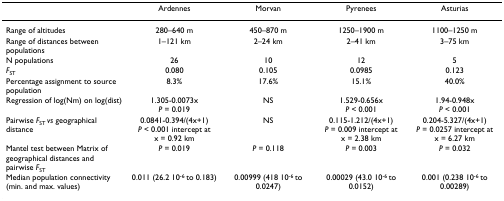
<table><thead><tr><td></td><td><b>Ardennes</b></td><td><b>Morvan</b></td><td><b>Pyrenees</b></td><td><b>Asturias</b></td></tr></thead><tbody><tr><td>Range of altitudes</td><td>280–640 m</td><td>450–870 m</td><td>1250–1900 m</td><td>1100–1250 m</td></tr><tr><td>Range of distances between populations</td><td>1–121 km</td><td>2–24 km</td><td>2–41 km</td><td>3–75 km</td></tr><tr><td>N populations</td><td>26</td><td>10</td><td>12</td><td>5</td></tr><tr><td><i>F</i><sub>ST</sub></td><td>0.080</td><td>0.105</td><td>0.0985</td><td>0.123</td></tr><tr><td>Percentage assignment to source population</td><td>8.3%</td><td>17.6%</td><td>15.1%</td><td>40.0%</td></tr><tr><td>Regression of log(Nm) on log(dist)</td><td>1.305-0.0073x<i>P </i>= 0.019</td><td>NS</td><td>1.529-0.656x<i>P </i>&lt; 0.001</td><td>1.94-0.948x<i>P </i>&lt; 0.001</td></tr><tr><td>Pairwise <i>F</i><sub>ST </sub><i>vs </i>geographical distance</td><td>0.0841-0.394/(4x+1)<i>P</i> &lt; 0.001 intercept atx = 0.92 km</td><td>NS</td><td>0.115-1.212/(4x+1)<i>P </i>= 0.009 intercept atx = 2.38 km</td><td>0.204-5.327/(4x+1)<i>P </i>= 0.0257 intercept atx = 6.27 km</td></tr><tr><td>Mantel test between Matrix of geographical distances and pairwise <i>F</i><sub>ST</sub></td><td><i>P </i>= 0.019</td><td><i>P </i>= 0.118</td><td><i>P </i>= 0.003</td><td><i>P </i>= 0.032</td></tr><tr><td>Median population connectivity (min. and max. values)</td><td>0.011 (26.2 10<sup>-6 </sup>to 0.183)</td><td>0.00999 (418 10<sup>-6 </sup>to 0.0247)</td><td>0.00029 (43.0 10<sup>-6 </sup>to 0.0152)</td><td>0.001 (0.238 10<sup>-6 </sup>to 0.00289)</td></tr></tbody></table>